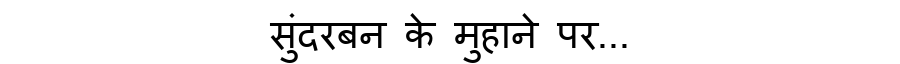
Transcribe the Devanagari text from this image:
सुंदरबन के मुहाने पर...